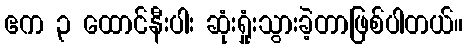
ဧက ၃ ထောင်နီးပါး ဆုံးရှုံးသွားခဲ့တာဖြစ်ပါတယ်။